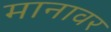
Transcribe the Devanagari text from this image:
मानावर